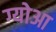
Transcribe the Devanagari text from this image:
ग्योआ